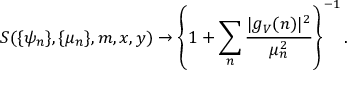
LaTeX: S ( \{ \psi _ { n } \} , \{ \mu _ { n } \} , m , x , y ) \rightarrow \left\{ 1 + \sum _ { n } \frac { | g _ { V } ( n ) | ^ { 2 } } { \mu _ { n } ^ { 2 } } \right\} ^ { - 1 } .